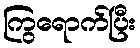
ကြွရောက်ပြီး